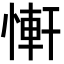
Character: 𢟑